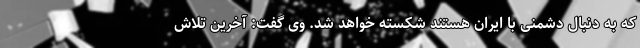
که به دنبال دشمنی با ایران هستند شکسته خواهد شد. وی گفت: آخرین تلاش